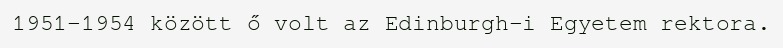
1951-1954 között ő volt az Edinburgh-i Egyetem rektora.